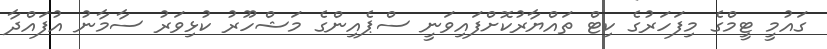
ގައުމީ ޓީމްގެ މިފަހަރުގެ ކިޓް ތައްޔާރުކޮށްފައިވަނީ ސްޕެއިންގެ މަޝްހޫރު ކުޅިވަރު ސާމާނު އުފައްދާ